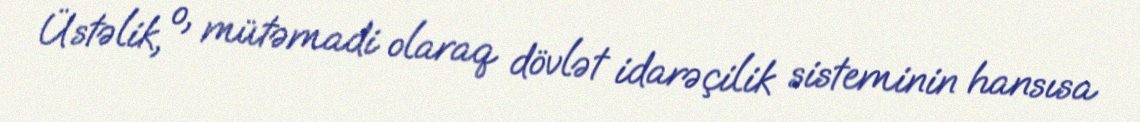
Üstəlik, o, mütəmadi olaraq dövlət idarəçilik sisteminin hansısa